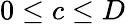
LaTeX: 0\le c\le D